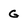
Character: G